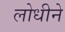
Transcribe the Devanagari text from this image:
लोधीने